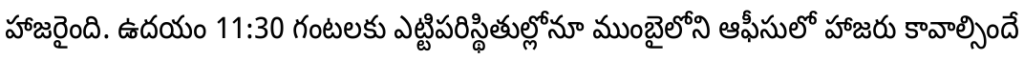
హాజరైంది. ఉదయం 11:30 గంటలకు ఎట్టిపరిస్థితుల్లోనూ ముంబైలోని ఆఫీసులో హాజరు కావాల్సిందే